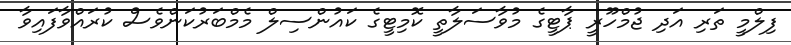
ފިލްމީ ތަރި އަދި ޖުމްހޫރީ ޕާޓީގެ މުވާސަލާތީ ކޮމިޓީގެ ކައުންސިލް މެމްބަރުކަންވެސް ކުރައްވާފައިވާ